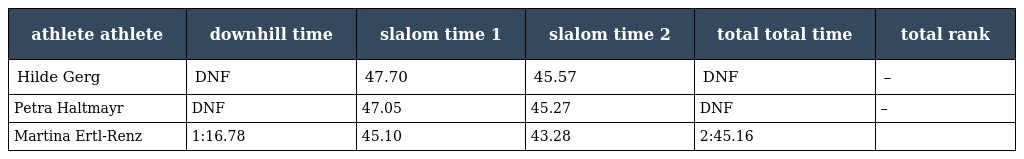
| athlete athlete | downhill time | slalom time 1 | slalom time 2 | total total time | total rank |
 | --- | --- | --- | --- | --- | --- |
 | Hilde Gerg | DNF | 47.70 | 45.57 | DNF | – |
 | Petra Haltmayr | DNF | 47.05 | 45.27 | DNF | – |
 | Martina Ertl-Renz | 1:16.78 | 45.10 | 43.28 | 2:45.16 |  |